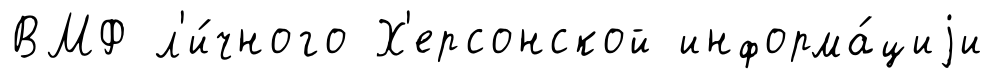
ВМФ л'и́чного Х'ерсонской информа́циjи